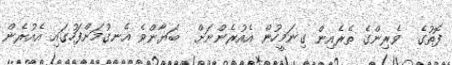
ފޮތުގެ  ވެރިންގެ ތެރެއިން ގިނަމީހުން އެއުރެންނަށް  ބަޔާންވެ އެނގުމަށްފަހުގައި އެއުރެން